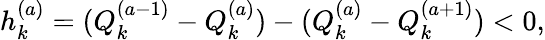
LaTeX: h_{k}^{(a)}=(Q_{k}^{(a-1)}-Q_{k}^{(a)})-(Q_{k}^{(a)}-Q_{k}^{(a+1)})<0,